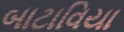
બાટાવિયા